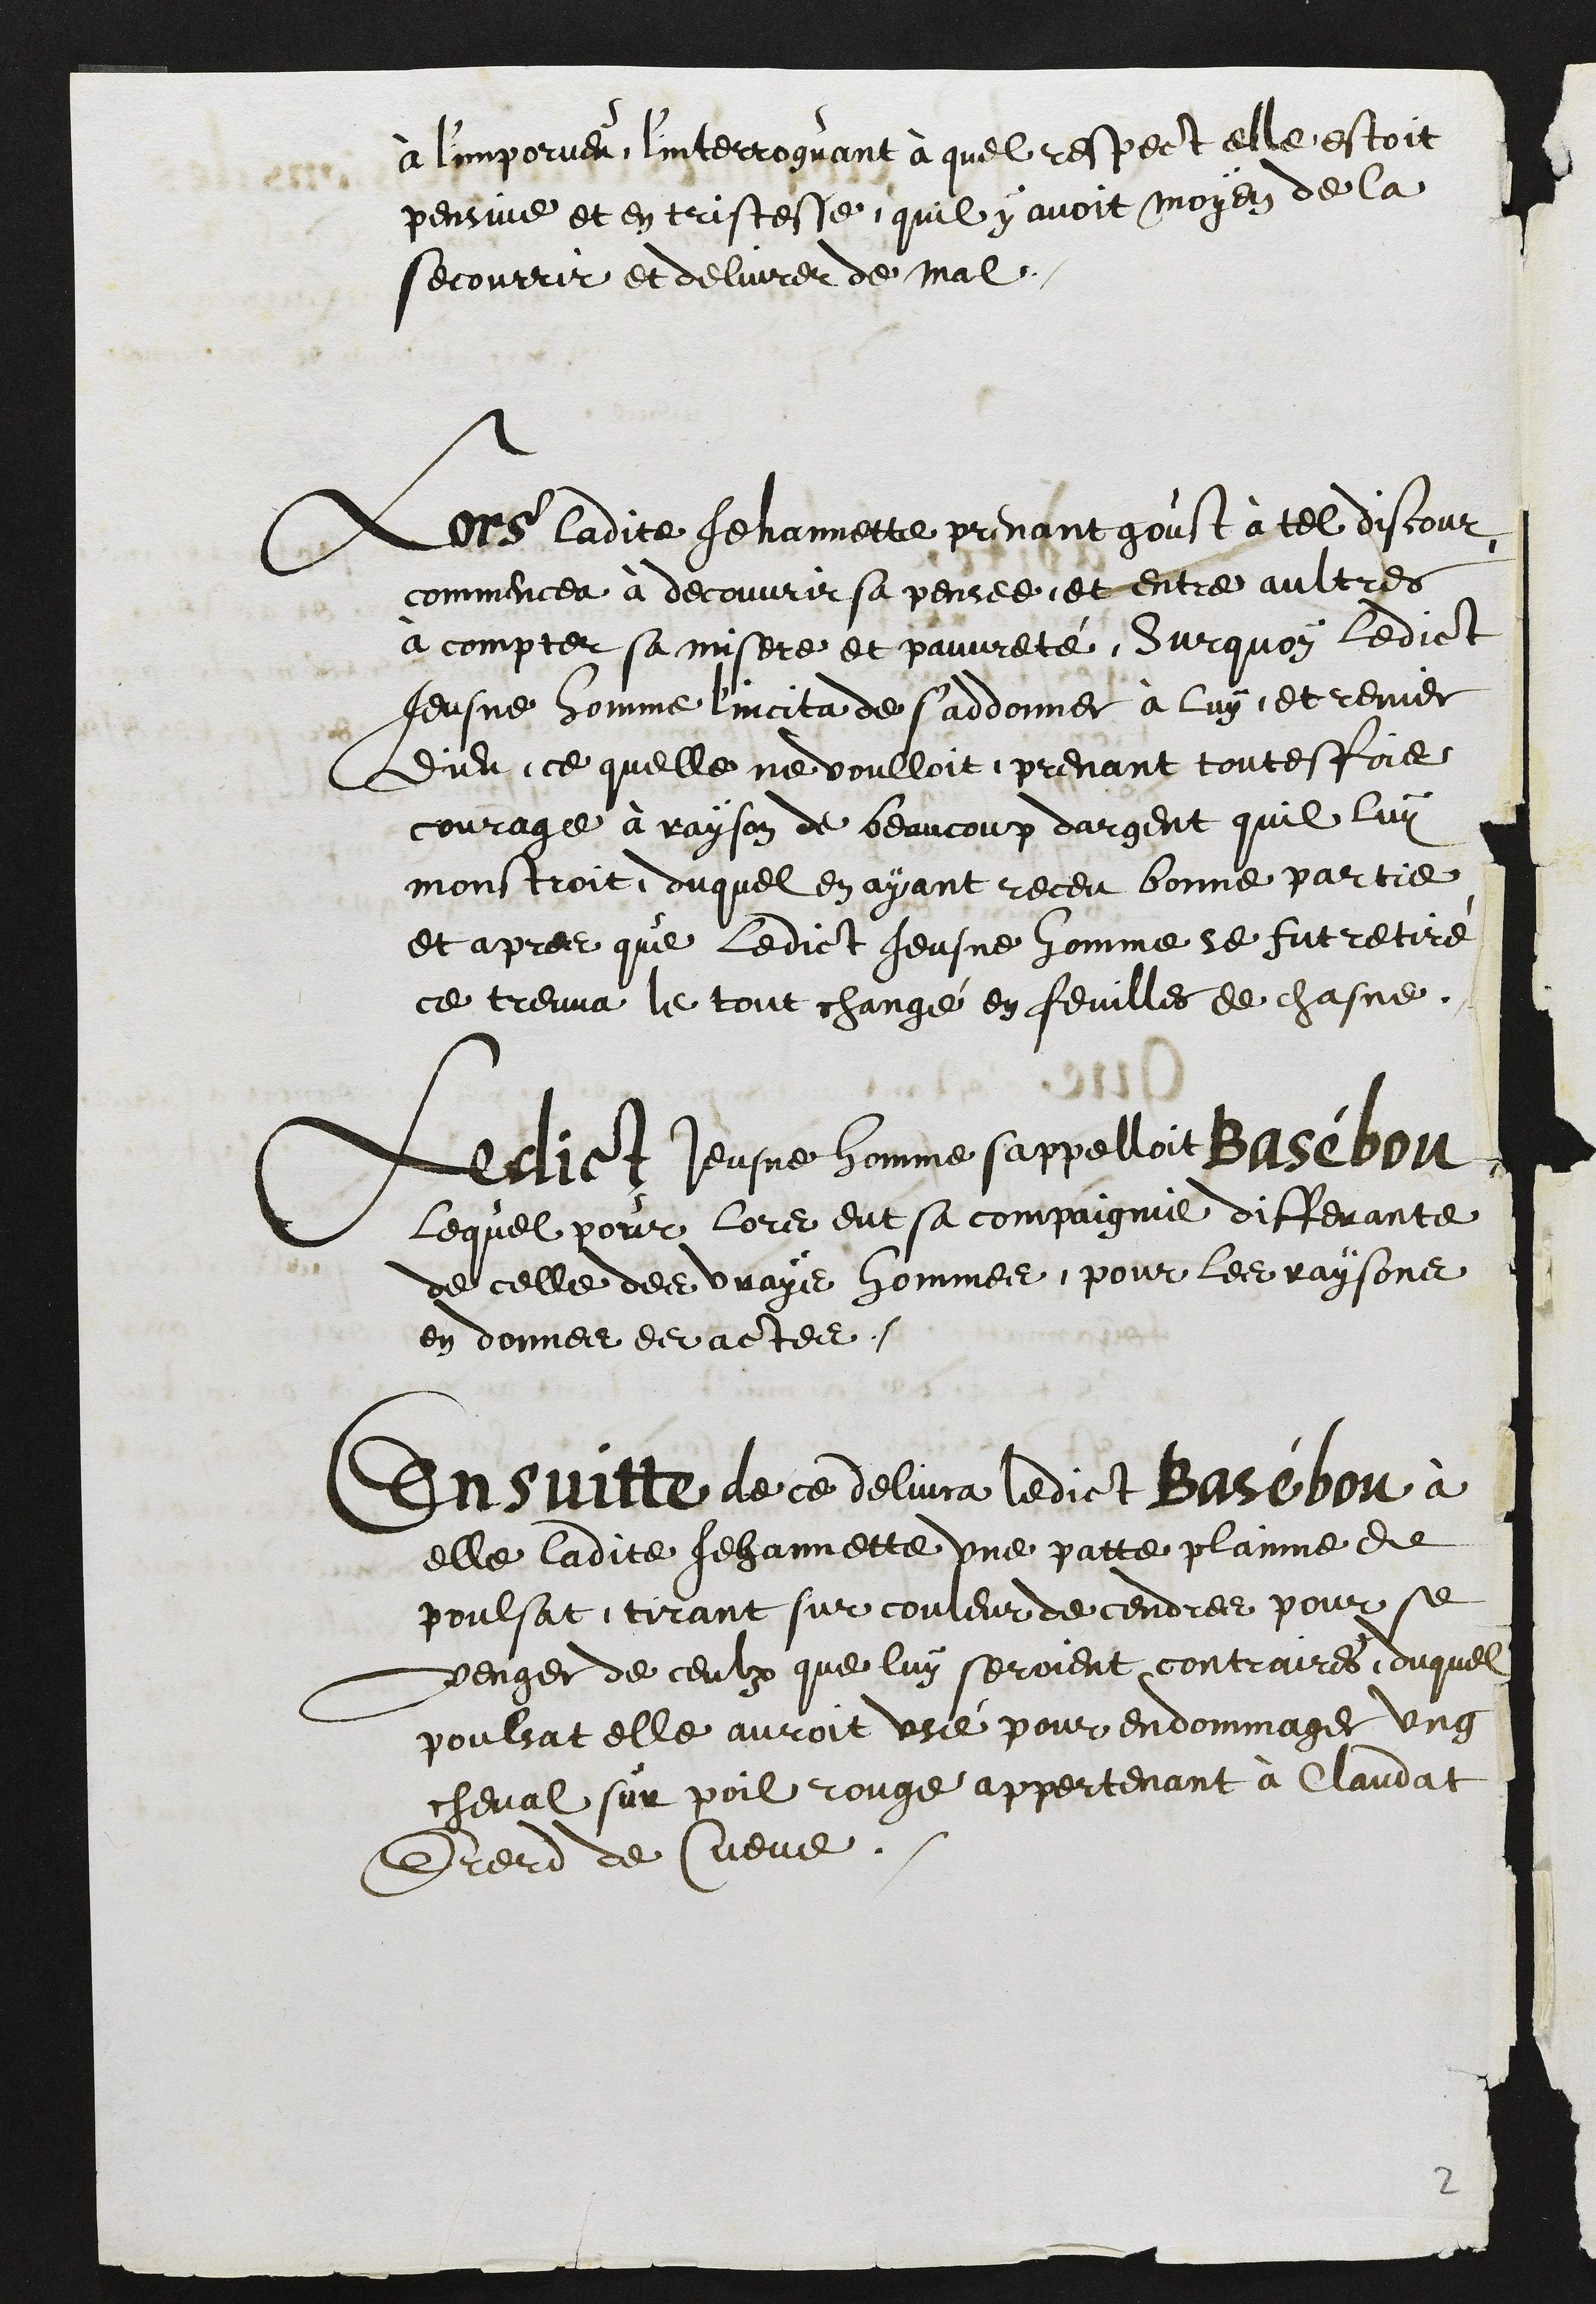
à l'imporveu, l'interroguant à quel respect elle estoit
pensive et en tristesse, quil y avoit moyen de la
secourrir et delivrer de mal
Lors ladite Jehannette, prenant goust à tel discour,
commencea à decouvrir sa pensée, et entre aultres
à compter sa misere et pauvreté, Surquoy ledict
Jeusne homme l'incita de s'addonner à luy, et renier
Dieu, ce quelle ne voulloit, prenant toutesfois
courage à rayson de beaucoup dargent quil luy
monstroit, duquel en ayant receu bonne partie
et apres que ledict Jeusne homme se fut retiré
ce treuva le tout changé en feuilles de chasne.
Ledict Jeusne homme sappelloit Basébou
lequel pour lors eut sa compaignie differante
de celle des vrays hommes, pour les raysons
en donner des actes.
Ensuitte de ce delivra ledict Basébou à
elle ladite Jehannette une patte plainne de
poulsat, tirant sur couleur de cendres pour se
venger de ceulx que luy seroient contraires, duquel
poulsat elle auroit usé pour endommager ung
cheval sur poil rouge appertenant à Claudat
Ererd de Cueve.

2